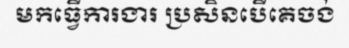
មកធ្វើការងារ ប្រសិនបើគេចង់